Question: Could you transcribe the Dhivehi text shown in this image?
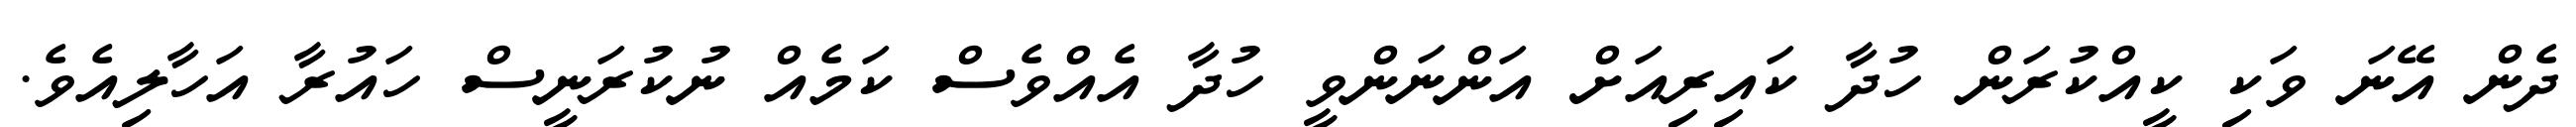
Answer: ދެން އޭނަ ވަކި ކީއްކުރަން ހުދާ ކައިރިއަށް އަންނަންވީ ހުދާ އެއްވެސް ކަމެއް ނުކުރަނީސް ހައުރާ އަހާލިއެވެ.